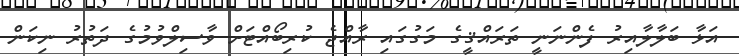
އަޅާ ބަލާލާއިރު ފެންނަނީ ތަރައްޤީގެ މަގުގައި ރާއްޖެ ކުރިބޯއްޓަށް ވާސިލްވުމުގެ ދަތުރު ނިކަން